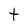
Character: t